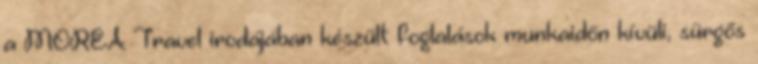
a MOREA Travel irodájában készült foglalások munkaidőn kívüli, sürgős